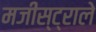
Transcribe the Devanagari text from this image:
मजीस्ट्राले